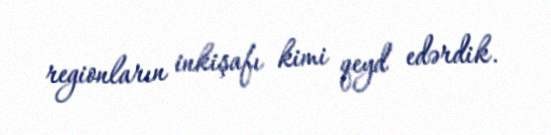
regionların inkişafı kimi qeyd edərdik.